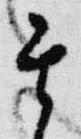
其